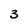
Character: 3